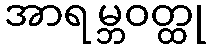
အာရမ္ဘဝတ္ထု